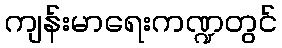
ကျန်းမာရေးကဏ္ဍတွင်